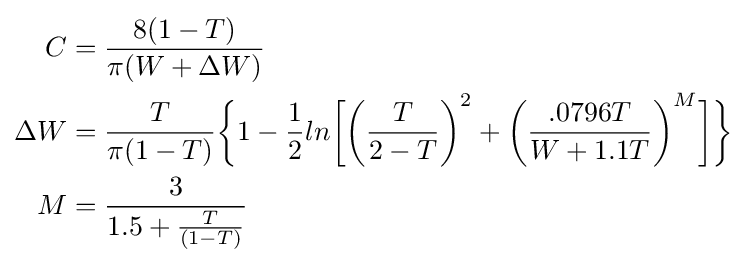
{\begin{aligned}C&={\frac {8(1-T)}{\pi (W+\Delta W)}}\\\Delta W&={\frac {T}{\pi (1-T)}}{\biggr \{}1-{\frac {1}{2}}ln{\biggr [}{\bigg (}{\frac {T}{2-T}}{\biggr )}^{2}+{\biggr (}{\frac {.0796T}{W+1.1T}}{\biggr )}^{M}{\biggr ]}{\biggr \}}\\M&={\frac {3}{1.5+{\frac {T}{(1-T)}}}}\\\end{aligned}}